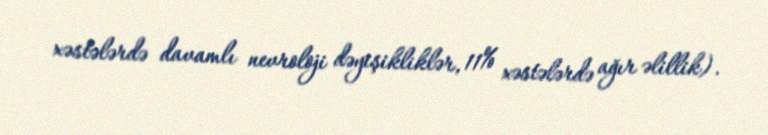
xəstələrdə davamlı nevroloji dəyişikliklər, 11% xəstələrdə ağır əlillik).